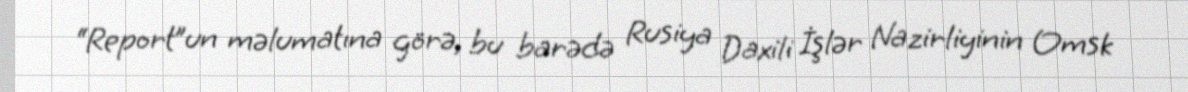
“Report”un məlumatına görə, bu barədə Rusiya Daxili İşlər Nazirliyinin Omsk